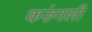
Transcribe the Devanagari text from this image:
करुंगली